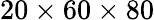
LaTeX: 20\times 60\times 80